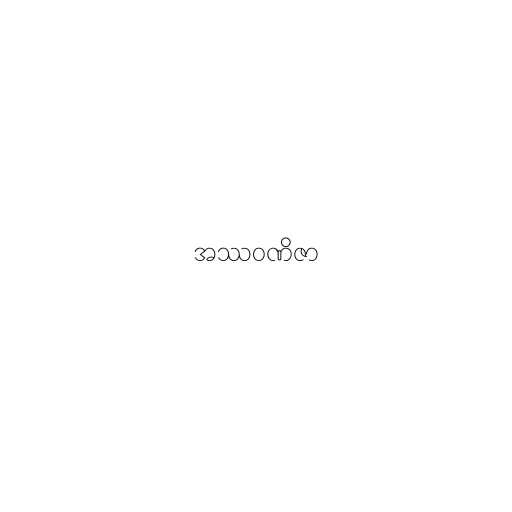
အဿဝဏိဇာ